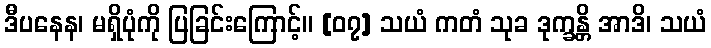
ဒီပနေန၊ မရှိပုံကို ပြခြင်းကြောင့်။ [၀၇] သယံ ကတံ သုခ ဒုက္ခန္တိ အာဒိ၊ သယံ